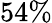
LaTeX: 54\%